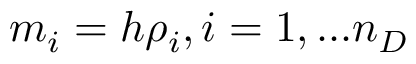
m _ { i } = h \rho _ { i } , i = 1 , . . . n _ { D }